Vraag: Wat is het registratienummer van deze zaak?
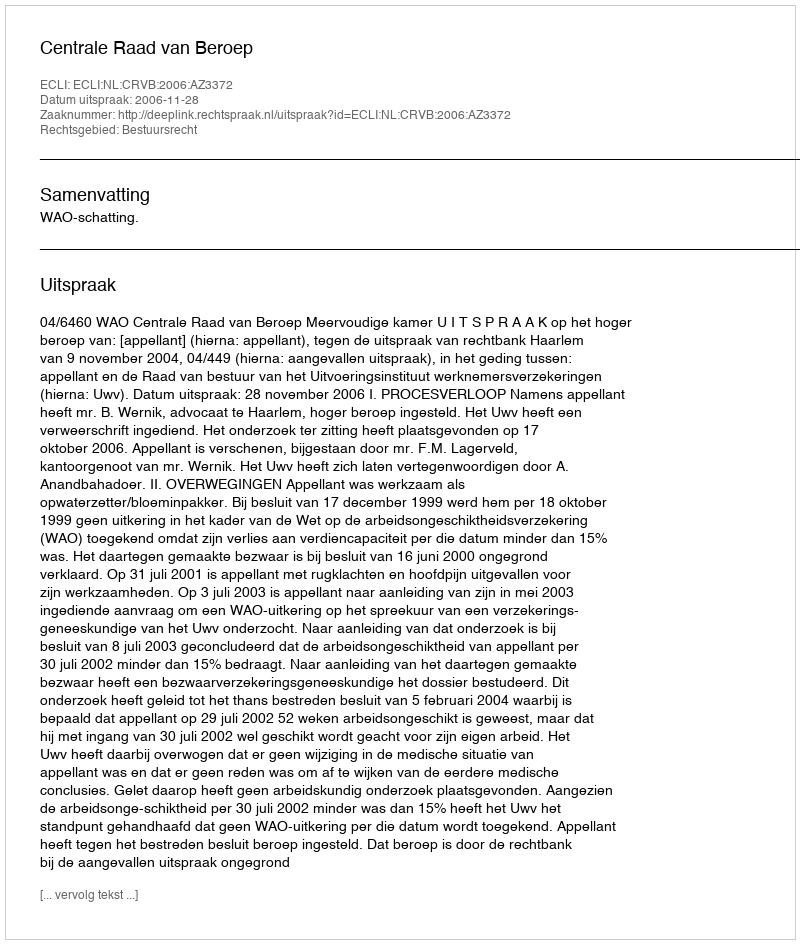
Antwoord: http://deeplink.rechtspraak.nl/uitspraak?id=ECLI:NL:CRVB:2006:AZ3372